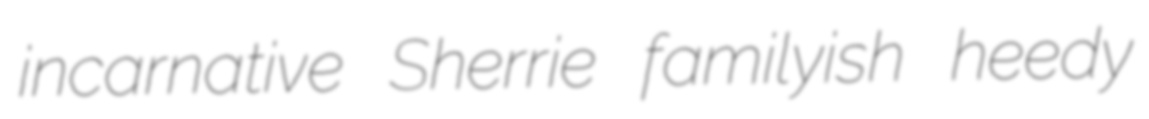
incarnative Sherrie familyish heedy